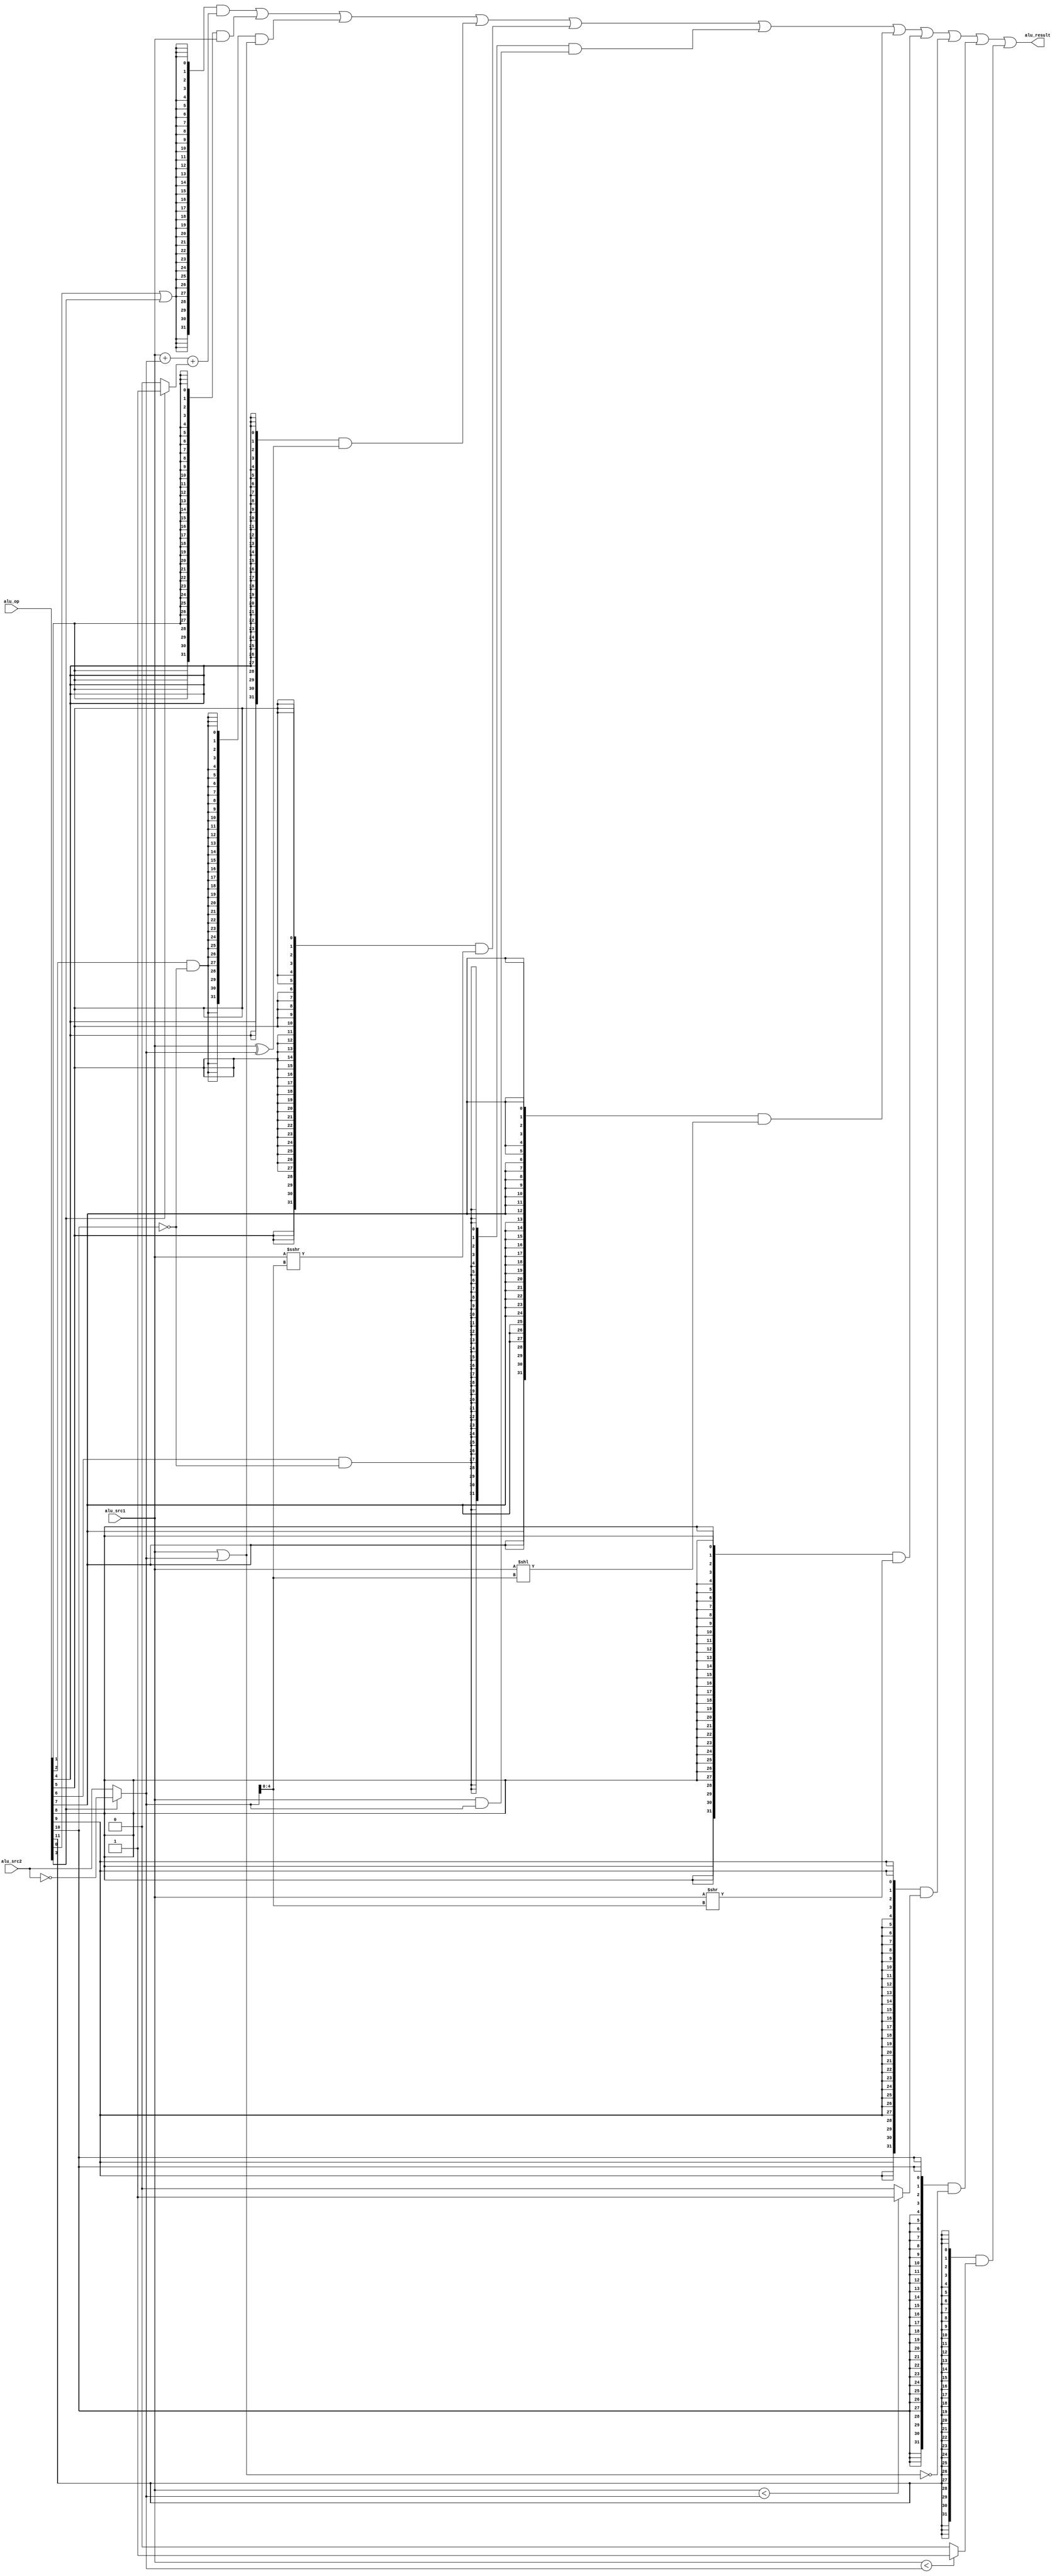
module alu (
    input wire [13:0]alu_op,
    input wire [31:0] alu_src1,
    input wire [31:0] alu_src2,
    output wire [31:0] alu_result
);
wire op_add;
wire op_imm;
wire op_or;
wire op_sub;
wire op_xor;
wire op_sra;
wire op_and;
wire op_sll;
wire op_srl;
wire op_sltu;
wire op_nor;
wire op_slt;

wire [31:0]or_result;
wire [31:0]adder_result;
wire [31:0]xor_result;
wire [31:0]sra_result;
wire [31:0]and_result;
wire [31:0]sll_result;
wire [31:0]srl_result;
wire [31:0]sltu_result;
wire [31:0]nor_result;
wire [31:0]slt_result;
// wire [31:0]orn_result;
// wire [31:0]andn_result;

//adder 
wire [31:0]adder_a;
wire [31:0]adder_b;
wire [31:0]adder_cin;
wire adder_cout;

// control code decomposition
assign op_add = alu_op[0];
assign op_imm = alu_op[1];
assign op_or = alu_op[2];
assign op_sub = alu_op[3];
assign op_xor = alu_op[4];
assign op_sra = alu_op[5];
assign op_and = alu_op[6];
assign op_sll = alu_op[7];
assign op_srl = alu_op[8];
assign op_sltu = alu_op[9];
assign op_nor = alu_op[10];
assign op_slt = alu_op[11];

assign adder_a = alu_src1;
assign adder_b = alu_op[3] ? ~alu_src2:alu_src2;
assign adder_cin = alu_op[3] ? 32'h1:32'h0;

assign {adder_cout,adder_result} = adder_a + adder_b + adder_cin;
assign or_result = adder_a | adder_b;
assign xor_result = adder_a ^ adder_b;
assign sra_result = ($signed(adder_a)) >>> adder_b[4:0];
assign and_result = adder_a & adder_b;
assign sll_result = adder_a << adder_b[4:0];
assign srl_result = adder_a >> adder_b[4:0];
assign sltu_result = (adder_a < adder_b) ? 32'h1:32'h0;
assign nor_result = ~(adder_a | adder_b);
assign slt_result = ($signed(adder_a) < $signed(adder_b)) ? 32'h1:32'h0;
// assign orn_result = ~or_result;
// assign andn_result = ~and_result;


assign alu_result = ({32{op_add | op_sub}} & adder_result) | 
                    ({32{op_imm}} & alu_src1) |
                    ({32{op_or & !op_nor}} & or_result) |
                    ({32{op_xor}} & xor_result) |
                    ({32{op_sra}} & sra_result) |
                    ({32{op_and & !op_nor}} & and_result) |
                    ({32{op_sll}} & sll_result) |
                    ({32{op_srl}} & srl_result) |
                    ({32{op_sltu}} & sltu_result) |
                    ({32{op_nor}} & nor_result) |
                    ({32{op_slt}} & slt_result);

endmodule //alu